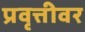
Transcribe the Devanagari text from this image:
प्रवृत्तीवर